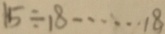
1 5 \div 1 8 \cdots 1 8